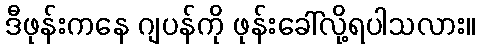
ဒီဖုန်းကနေ ဂျပန်ကို ဖုန်းခေါ်လို့ရပါသလား။